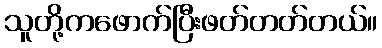
သူတို့ကဖောက်ပြီးဖတ်တတ်တယ်။